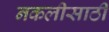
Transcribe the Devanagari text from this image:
नकलीसाठी